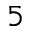
^ { 5 }